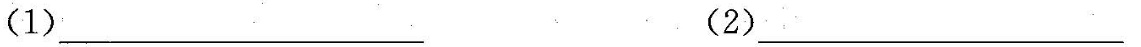
（1）___（2）___